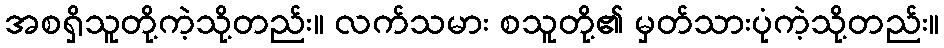
အစရှိသူတို့ကဲ့သို့တည်း။ လက်သမား စသူတို့၏ မှတ်သားပုံကဲ့သို့တည်း။